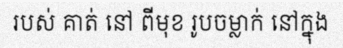
របស់ គាត់ នៅ ពីមុខ រូបចម្លាក់ នៅក្នុង